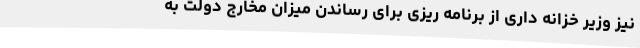
نیز وزیر خزانه داری از برنامه ریزی برای رساندن میزان مخارج دولت به